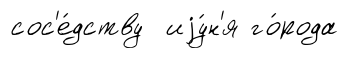
сос'е́дству иjу́н'я го́рода